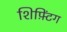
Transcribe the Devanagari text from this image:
शिफ़्टिंग